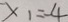
x _ { 1 } = 4